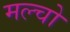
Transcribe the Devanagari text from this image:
मल्चो